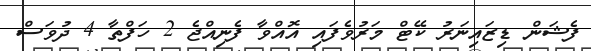
ފެޝަން ޑިޒައިނަރު ކޭޓް މަރުވެފައި އޮއްވާ ފެނިއްޖެ 2 ހަފްތާ 4 ދުވަސް